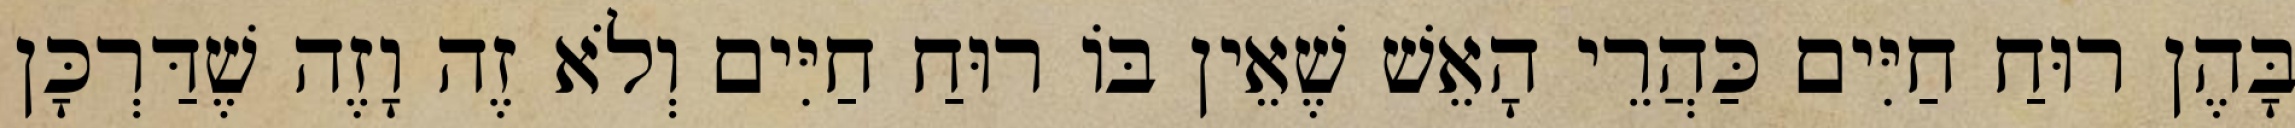
בָּהֶן רוּחַ חַיִּים כַּהֲרֵי הָאֵשׁ שֶׁאֵין בּוֹ רוּחַ חַיִּים וְלֹא זֶה וָזֶה שֶׁדַּרְכָּן